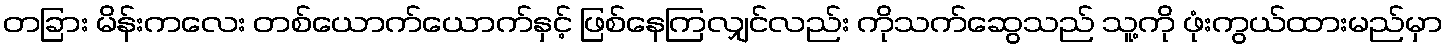
တခြား မိန်းကလေး တစ်ယောက်ယောက်နှင့် ဖြစ်နေကြလျှင်လည်း ကိုသက်ဆွေသည် သူ့ကို ဖုံးကွယ်ထားမည်မှာ